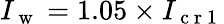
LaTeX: I_{\mathrm{~w~}}=1.05\times I_{\mathrm{~c~r~1~}}